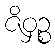
ဇိဝှဉ္စ